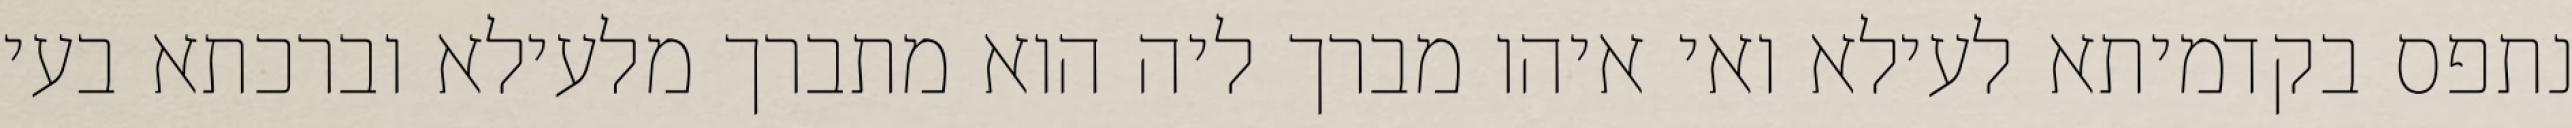
נתפס בקדמיתא לעילא ואי איהו מברך ליה הוא מתברך מלעילא וברכתא בעי